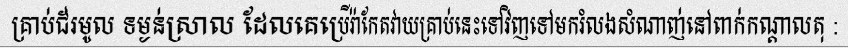
គ្រាប់ជ័រមូល ទម្ងន់ស្រាល ដែលគេប្រើរ៉ាកែតវាយគ្រាប់នេះទៅវិញទៅមករំលងសំណាញ់នៅពាក់កណ្តាលតុ :